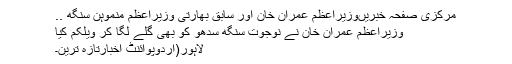
مرکزی صفحہ خبریںوزیراعظم عمران خان اور سابق بھارتی وزیراعظم منموہن سنگھ ..
وزیراعظم عمران خان نے نوجوت سنگھ سدھو کو بھی گلے لگا کر ویلکم کیا
لاہور(اُردوپوائنٹ اخبارتازہ ترین۔